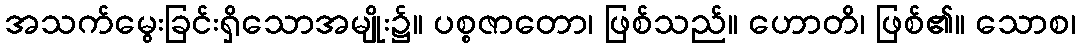
အသက်မွေးခြင်းရှိသောအမျိုး၌။ ပစ္စဇာတော၊ ဖြစ်သည်။ ဟောတိ၊ ဖြစ်၏။ သောစ၊